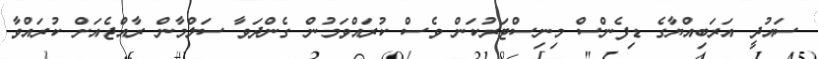
ސައުދީ އަރަބިއްޔާގެ ޑިފެންސް މިނިސްޓަރުކަން ވެސް ކުރައްވަމުން ގެންދަވާ ސަލްމާން ރާއްޖެއަށް ކުރައްވާ